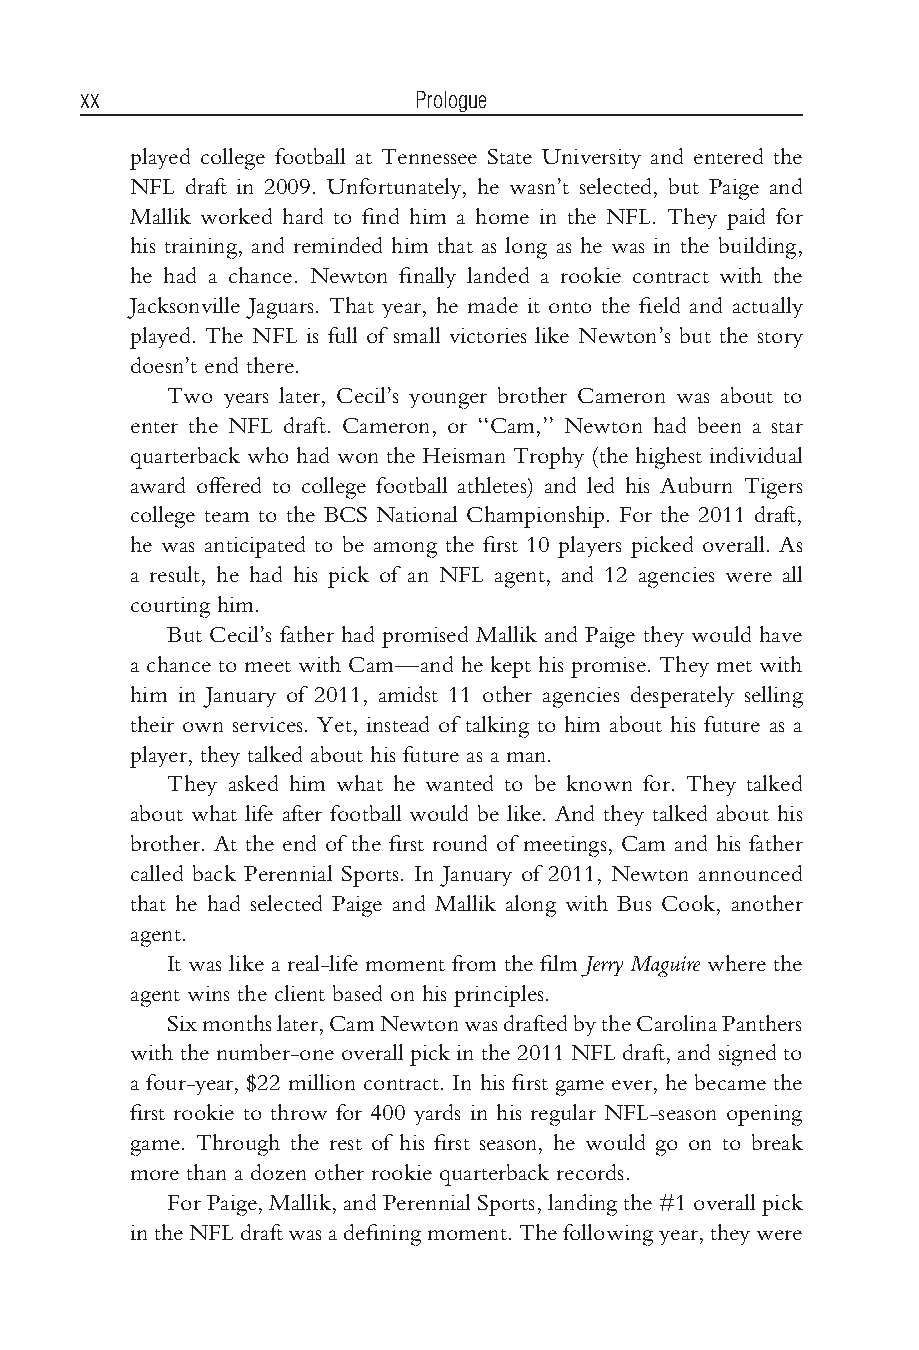
Bhargava flast2.tex V3-04/06/2012 11:21A.M. Pagexx
 xx                    Prologue
 played college football at Tennessee State University and entered the
 NFL draft in 2009. Unfortunately, he wasn’t selected, but Paige and
 Mallik worked hard to find him a home in the NFL. They paid for
 his training, and reminded him that as long as he was in the building,
 he had a chance. Newton finally landed a rookie contract with the
 Jacksonville Jaguars. That year, he made it onto the field and actually
 played. The NFL is full of small victories like Newton’s but the story
 doesn’t end there.
 Two years later, Cecil’s younger brother Cameron was about to
 enter the NFL draft. Cameron, or ‘‘Cam,’’ Newton had been a star
 quarterback who had won the Heisman Trophy (the highest individual
 award offered to college football athletes) and led his Auburn Tigers
 college team to the BCS National Championship. For the 2011 draft,
 he was anticipated to be among the first 10 players picked overall. As
 a result, he had his pick of an NFL agent, and 12 agencies were all
 courting him.
 But Cecil’s father had promised Mallik and Paige they would have
 a chance to meet with Cam—and he kept his promise. They met with
 him in January of 2011, amidst 11 other agencies desperately selling
 their own services. Yet, instead of talking to him about his future as a
 player, they talked about his future as a man.
 They asked him what he wanted to be known for. They talked
 about what life after football would be like. And they talked about his
 brother. At the end of the first round of meetings, Cam and his father
 called back Perennial Sports. In January of 2011, Newton announced
 that he had selected Paige and Mallik along with Bus Cook, another
 agent.
 It was like a real-life moment from the film Jerry Maguire where the
 agent wins the client based on his principles.
 Sixmonthslater,CamNewtonwasdraftedbytheCarolinaPanthers
 withthenumber-oneoverallpickinthe2011NFLdraft,and signedto
 a four-year, $22 million contract. In his first game ever, he became the
 first rookie to throw for 400 yards in his regular NFL-season opening
 game. Through the rest of his first season, he would go on to break
 more than a dozen other rookie quarterback records.
 ForPaige,Mallik,andPerennialSports,landingthe#1overallpick
 intheNFLdraftwasadefiningmoment.Thefollowingyear,theywere